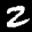
Label: 2